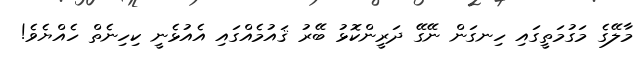
މާލޭގެ މަގުމަތީގައި ހިނގަން ނޭގޭ ދަރީންކޮޅު ބޭރު ޤައުމެއްގައި އެއުޅެނީ ކިހިނެތް ހެއްޔެވެ!